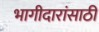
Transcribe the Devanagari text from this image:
भागीदारांसाठी